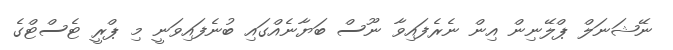
ނޭޝަނަލް ޕްލޭނިން އިން ނެރެފައިވާ ނޫސް ބަޔާނެއްގައި ބުނެފައިވަނީ މި ޕްރީ ޓެސްޓްގެ